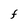
Character: F